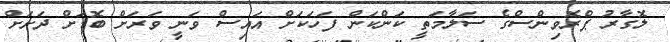
ލޮގާރު ޕްރޮވިންސްގެ ސަލާމަތީ ކަންކަން ފަހަކަށް އައިސް ވަނީ ވަރަށް ބޮޑަށް ދަށަށް